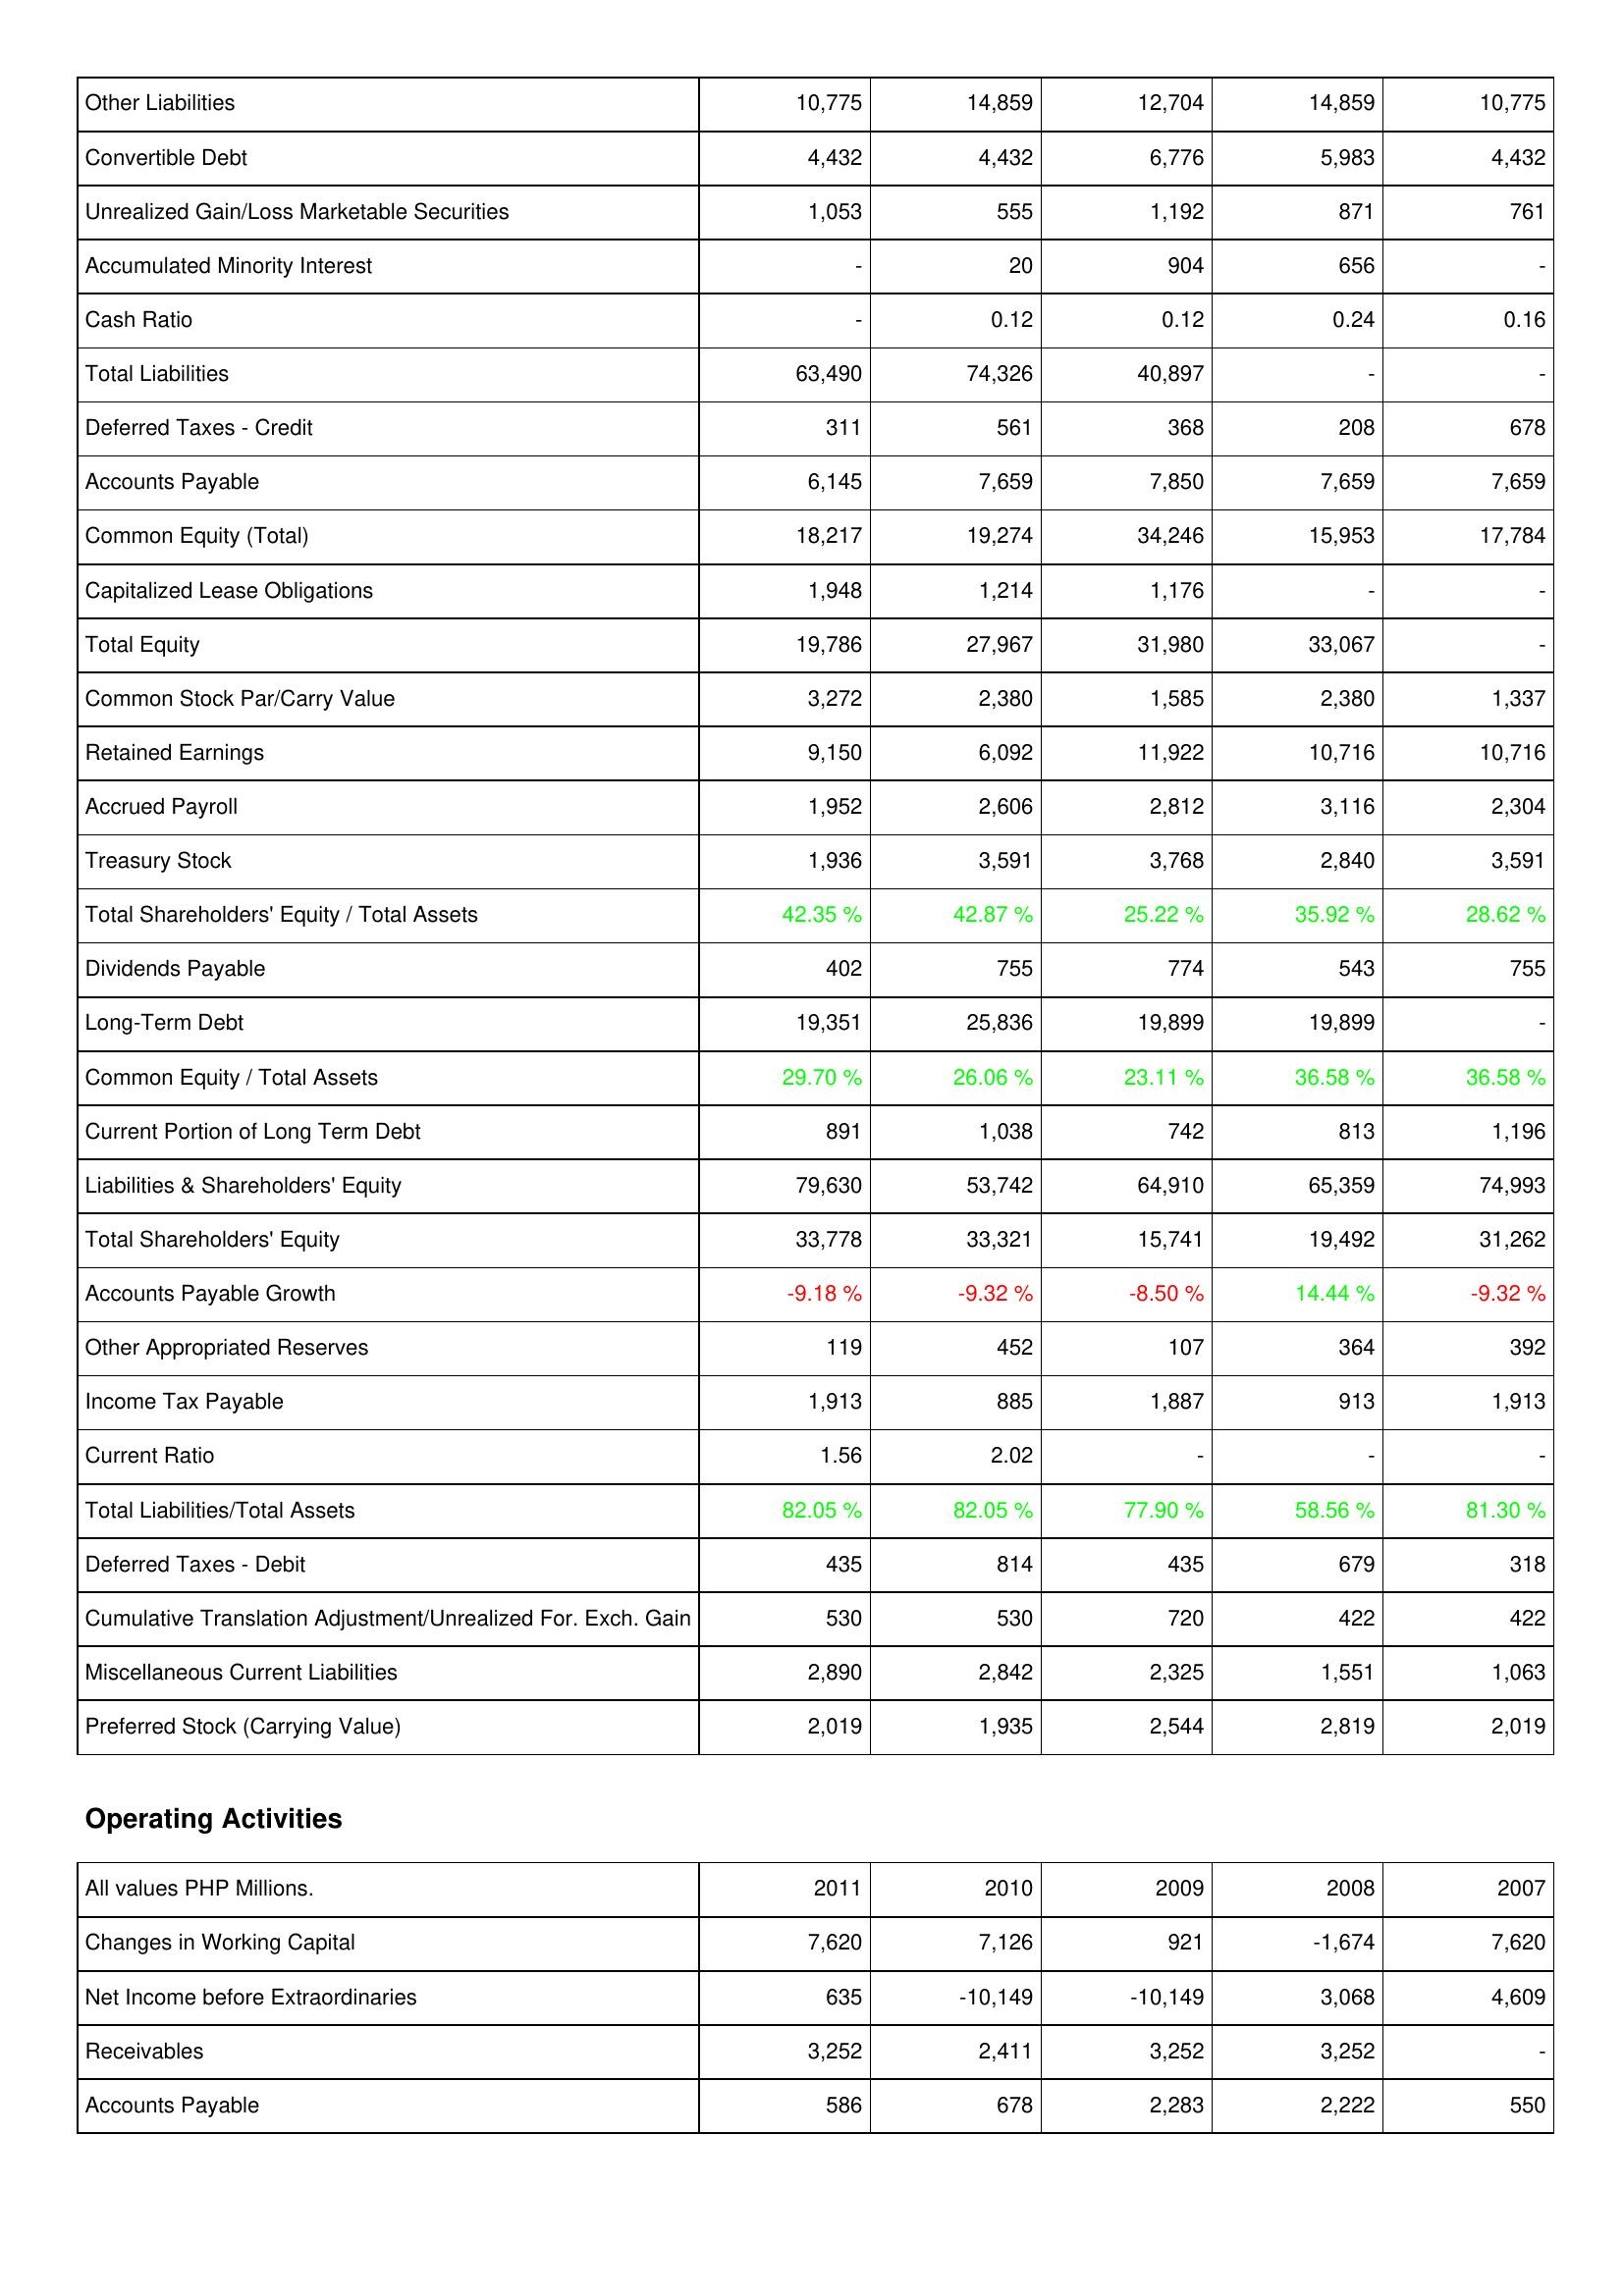
2011: Liabilities & Shareholders' Equity: Other Liabilities: 10,775
Convertible Debt: 4,432
Unrealized Gain/Loss Marketable Securities: 1,053
Accumulated Minority Interest: -
Cash Ratio: -
Total Liabilities: 63,490
Deferred Taxes - Credit: 311
Accounts Payable: 6,145
Common Equity (Total): 18,217
Capitalized Lease Obligations: 1,948
Total Equity: 19,786
Common Stock Par/Carry Value: 3,272
Retained Earnings: 9,150
Accrued Payroll: 1,952
Treasury Stock: 1,936
Total Shareholders' Equity / Total Assets: 42.35 %
Dividends Payable: 402
Long-Term Debt: 19,351
Common Equity / Total Assets: 29.70 %
Current Portion of Long Term Debt: 891
Liabilities & Shareholders' Equity: 79,630
Total Shareholders' Equity: 33,778
Accounts Payable Growth: -9.18 %
Other Appropriated Reserves: 119
Income Tax Payable: 1,913
Current Ratio: 1.56
Total Liabilities/Total Assets: 82.05 %
Deferred Taxes - Debit: 435
Cumulative Translation Adjustment/Unrealized For. Exch. Gain: 530
Miscellaneous Current Liabilities: 2,890
Preferred Stock (Carrying Value): 2,019
Operating Activities: Changes in Working Capital: 7,620
Net Income before Extraordinaries: 635
Receivables: 3,252
Accounts Payable: 586
2010: Liabilities & Shareholders' Equity: Other Liabilities: 14,859
Convertible Debt: 4,432
Unrealized Gain/Loss Marketable Securities: 555
Accumulated Minority Interest: 20
Cash Ratio: 0.12
Total Liabilities: 74,326
Deferred Taxes - Credit: 561
Accounts Payable: 7,659
Common Equity (Total): 19,274
Capitalized Lease Obligations: 1,214
Total Equity: 27,967
Common Stock Par/Carry Value: 2,380
Retained Earnings: 6,092
Accrued Payroll: 2,606
Treasury Stock: 3,591
Total Shareholders' Equity / Total Assets: 42.87 %
Dividends Payable: 755
Long-Term Debt: 25,836
Common Equity / Total Assets: 26.06 %
Current Portion of Long Term Debt: 1,038
Liabilities & Shareholders' Equity: 53,742
Total Shareholders' Equity: 33,321
Accounts Payable Growth: -9.32 %
Other Appropriated Reserves: 452
Income Tax Payable: 885
Current Ratio: 2.02
Total Liabilities/Total Assets: 82.05 %
Deferred Taxes - Debit: 814
Cumulative Translation Adjustment/Unrealized For. Exch. Gain: 530
Miscellaneous Current Liabilities: 2,842
Preferred Stock (Carrying Value): 1,935
Operating Activities: Changes in Working Capital: 7,126
Net Income before Extraordinaries: -10,149
Receivables: 2,411
Accounts Payable: 678
2009: Liabilities & Shareholders' Equity: Other Liabilities: 12,704
Convertible Debt: 6,776
Unrealized Gain/Loss Marketable Securities: 1,192
Accumulated Minority Interest: 904
Cash Ratio: 0.12
Total Liabilities: 40,897
Deferred Taxes - Credit: 368
Accounts Payable: 7,850
Common Equity (Total): 34,246
Capitalized Lease Obligations: 1,176
Total Equity: 31,980
Common Stock Par/Carry Value: 1,585
Retained Earnings: 11,922
Accrued Payroll: 2,812
Treasury Stock: 3,768
Total Shareholders' Equity / Total Assets: 25.22 %
Dividends Payable: 774
Long-Term Debt: 19,899
Common Equity / Total Assets: 23.11 %
Current Portion of Long Term Debt: 742
Liabilities & Shareholders' Equity: 64,910
Total Shareholders' Equity: 15,741
Accounts Payable Growth: -8.50 %
Other Appropriated Reserves: 107
Income Tax Payable: 1,887
Current Ratio: -
Total Liabilities/Total Assets: 77.90 %
Deferred Taxes - Debit: 435
Cumulative Translation Adjustment/Unrealized For. Exch. Gain: 720
Miscellaneous Current Liabilities: 2,325
Preferred Stock (Carrying Value): 2,544
Operating Activities: Changes in Working Capital: 921
Net Income before Extraordinaries: -10,149
Receivables: 3,252
Accounts Payable: 2,283
2008: Liabilities & Shareholders' Equity: Other Liabilities: 14,859
Convertible Debt: 5,983
Unrealized Gain/Loss Marketable Securities: 871
Accumulated Minority Interest: 656
Cash Ratio: 0.24
Total Liabilities: -
Deferred Taxes - Credit: 208
Accounts Payable: 7,659
Common Equity (Total): 15,953
Capitalized Lease Obligations: -
Total Equity: 33,067
Common Stock Par/Carry Value: 2,380
Retained Earnings: 10,716
Accrued Payroll: 3,116
Treasury Stock: 2,840
Total Shareholders' Equity / Total Assets: 35.92 %
Dividends Payable: 543
Long-Term Debt: 19,899
Common Equity / Total Assets: 36.58 %
Current Portion of Long Term Debt: 813
Liabilities & Shareholders' Equity: 65,359
Total Shareholders' Equity: 19,492
Accounts Payable Growth: 14.44 %
Other Appropriated Reserves: 364
Income Tax Payable: 913
Current Ratio: -
Total Liabilities/Total Assets: 58.56 %
Deferred Taxes - Debit: 679
Cumulative Translation Adjustment/Unrealized For. Exch. Gain: 422
Miscellaneous Current Liabilities: 1,551
Preferred Stock (Carrying Value): 2,819
Operating Activities: Changes in Working Capital: -1,674
Net Income before Extraordinaries: 3,068
Receivables: 3,252
Accounts Payable: 2,222
2007: Liabilities & Shareholders' Equity: Other Liabilities: 10,775
Convertible Debt: 4,432
Unrealized Gain/Loss Marketable Securities: 761
Accumulated Minority Interest: -
Cash Ratio: 0.16
Total Liabilities: -
Deferred Taxes - Credit: 678
Accounts Payable: 7,659
Common Equity (Total): 17,784
Capitalized Lease Obligations: -
Total Equity: -
Common Stock Par/Carry Value: 1,337
Retained Earnings: 10,716
Accrued Payroll: 2,304
Treasury Stock: 3,591
Total Shareholders' Equity / Total Assets: 28.62 %
Dividends Payable: 755
Long-Term Debt: -
Common Equity / Total Assets: 36.58 %
Current Portion of Long Term Debt: 1,196
Liabilities & Shareholders' Equity: 74,993
Total Shareholders' Equity: 31,262
Accounts Payable Growth: -9.32 %
Other Appropriated Reserves: 392
Income Tax Payable: 1,913
Current Ratio: -
Total Liabilities/Total Assets: 81.30 %
Deferred Taxes - Debit: 318
Cumulative Translation Adjustment/Unrealized For. Exch. Gain: 422
Miscellaneous Current Liabilities: 1,063
Preferred Stock (Carrying Value): 2,019
Operating Activities: Changes in Working Capital: 7,620
Net Income before Extraordinaries: 4,609
Receivables: -
Accounts Payable: 550